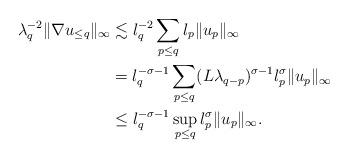
LaTeX: \begin{align*}\lambda_q^{-2}\|\nabla u_{\leq q}\|_{\infty} &\lesssim \l_q^{-2}\sum_{p\leq q} \l_p\|u_p\|_\infty\\&=\l_q^{-\sigma-1}\sum_{p\leq q} (L\lambda_{q-p})^{\sigma-1}\l_p^\sigma\|u_p\|_\infty\\&\leq \l_q^{-\sigma-1} \sup_{p\leq q} \l_p^\sigma\|u_p\|_\infty.\end{align*}